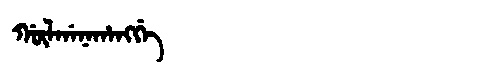
Manchu: ᡤᡡᠯᡤᠠᠨᠠᡥᠠᠩᡤᡝ
Romanization: GŪLGANAHANGGE